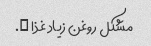
مشکل روغن زیاد غذا ….